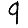
Digit: 9